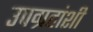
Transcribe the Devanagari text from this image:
उपग्रहांशी